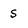
Character: S